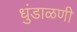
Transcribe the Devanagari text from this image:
धुंडाळणी